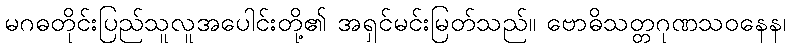
မဂဓတိုင်းပြည်သူလူအပေါင်းတို့၏ အရှင်မင်းမြတ်သည်။ ဗောဓိသတ္တဂုဏသဝနေန၊